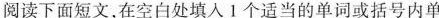
阅读下面短文,在空白处填人 1个适当的单词或括号内单